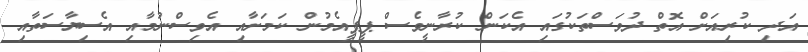
އަދި ކުރިއަށް އޮތް ދުވަސްތަކުގައި އެކަން ކުރާނީވެސް ޕީޕީއެމުން ކަމަށާއި އެވިސްނުމާއި އެސިޔާސަތާއި